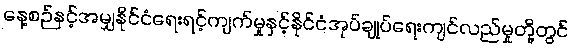
နေ့စဉ်နှင့်အမျှနိုင်ငံရေးရင့်ကျက်မှုနှင့်နိုင်ငံအုပ်ချုပ်ရေးကျင်လည်မှုတို့တွင်